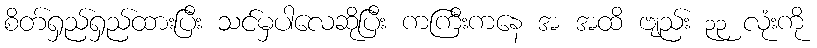
စိတ်ရှည်ရှည်ထားပြီး သင်မှပါလေဆိုပြီး ကကြီးကနေ အ အထိ ဗျည်း ၃၃ လုံးကို